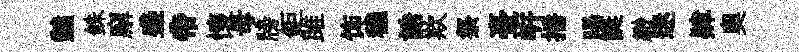
豔銖廨盛帝懷母牓鉅雎饰穢誥欺祭臺㟁播暘誕緲迷肄奥